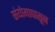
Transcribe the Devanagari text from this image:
संयोगापासून